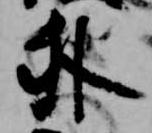
外